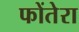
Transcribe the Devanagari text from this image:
फोंतेरा